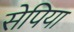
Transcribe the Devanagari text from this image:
सेपिया